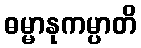
ဓမ္မာနုကမ္ပာတိ